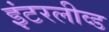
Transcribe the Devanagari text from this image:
इंटरलीव्ड